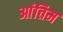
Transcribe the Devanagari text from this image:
आंतिम